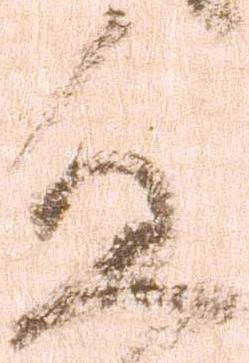
進